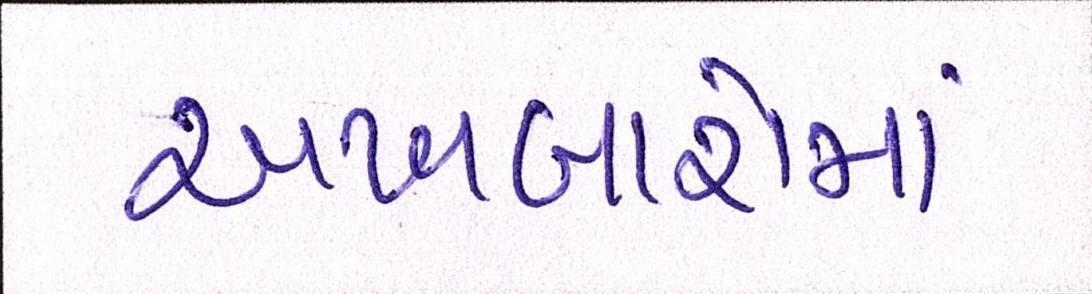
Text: અખબારોમાં